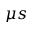
\mu s